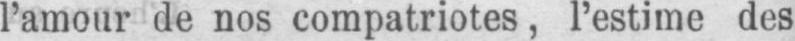
l’amour de nos compatriotes, l’estime des